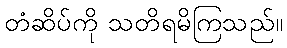
တံဆိပ်ကို သတိရမိကြသည်။